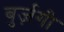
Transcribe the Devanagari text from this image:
बुर्ज़गी